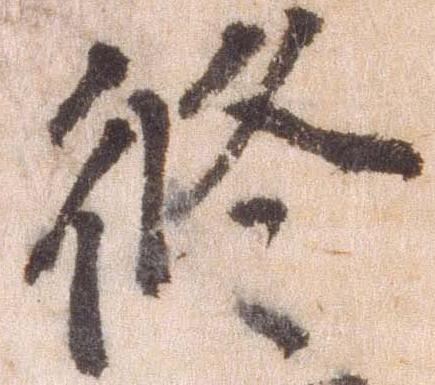
修